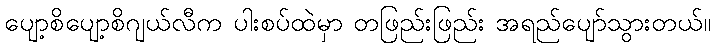
ပျော့စိပျော့စိဂျယ်လီက ပါးစပ်ထဲမှာ တဖြည်းဖြည်း အရည်ပျော်သွားတယ်။